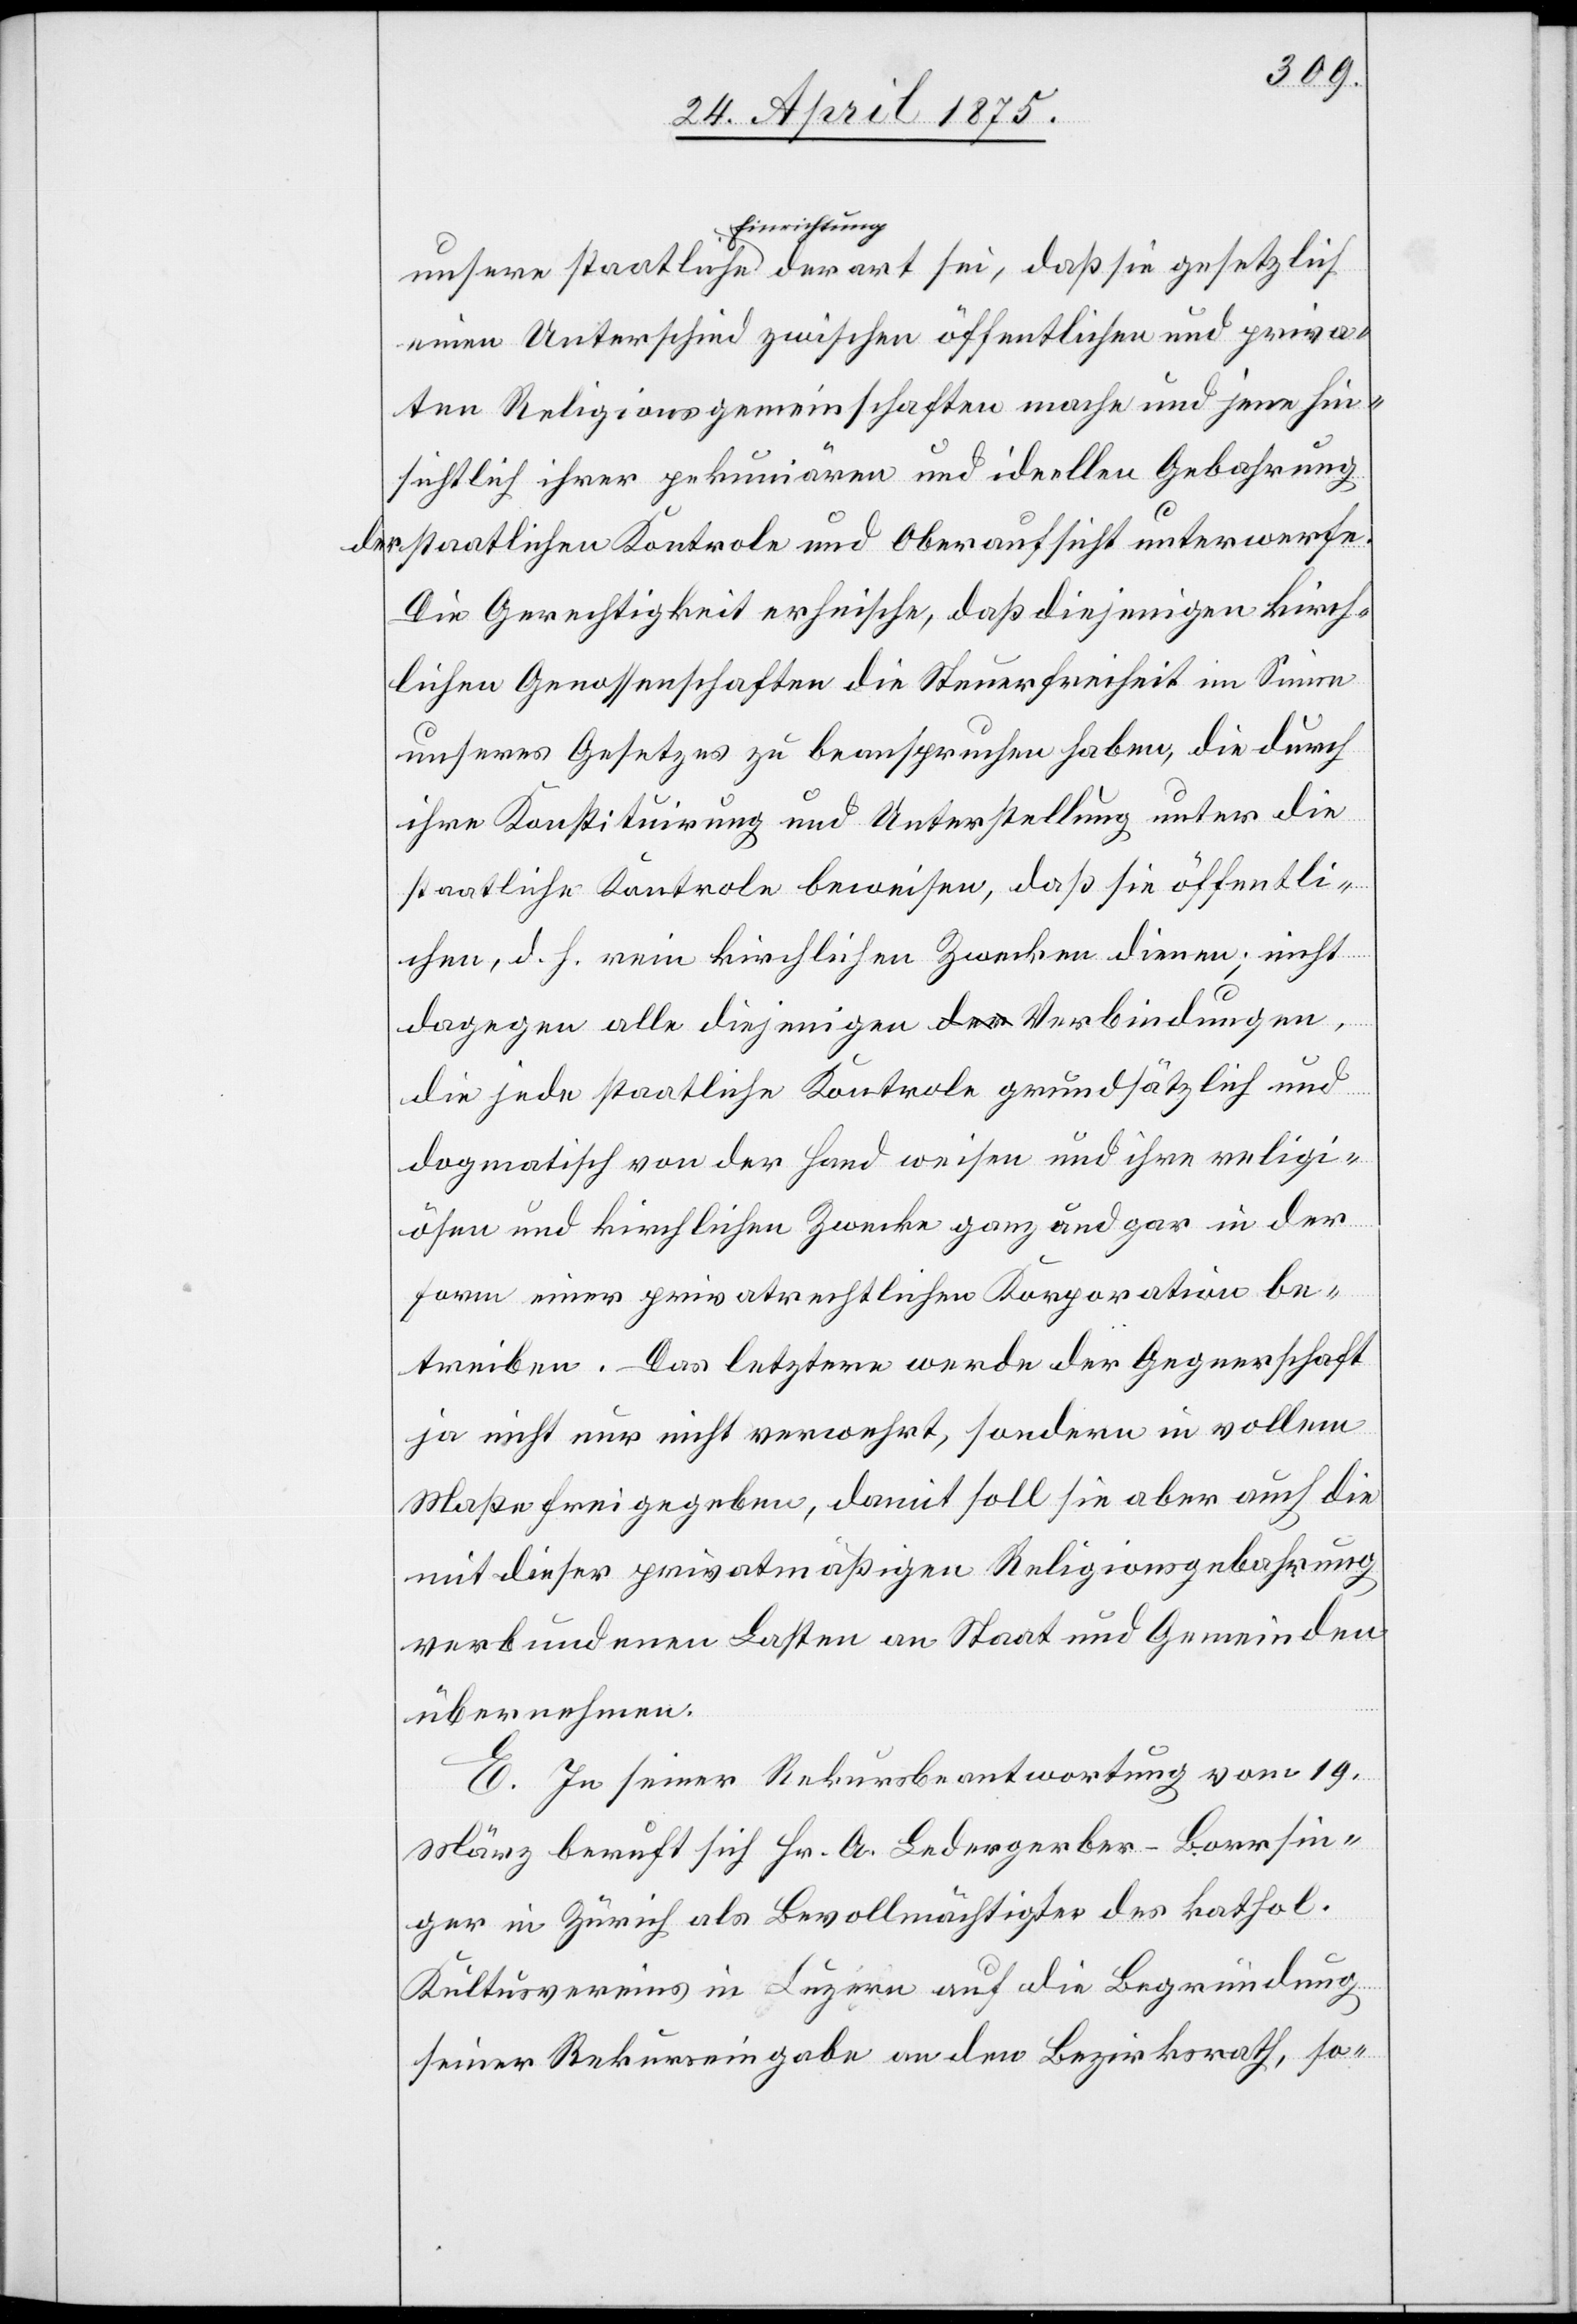
Einrichtung
einen Unterschied zwischen öffentlichen und priva¬
ten Religionsgemeinschaften mache und jene hin¬
sichtlich ihrer pekuniären und ideellen Gebahrung
sie
der staatlichen Kontrole und Oberaufsicht unterwerfe.
Die Gerechtigkeit erheische, daß diejenigen kirch¬
lichen Genossenschaften die Steuerfreiheit im Sinne
unseres Gesetzes zu beanspruchen haben, die durch
ihre Konstituirung und Unterstellung unter die
staatliche Kontrole beweisen, daß sie öffentli¬
che, d. h. rein kirchlichen Zwecken dienen; nicht
dagegen alle diejenigen Verbindungen,
die jede staatliche Kontrole grundsätzlich und
dogmatisch von der Hand weisen und ihre religi¬
ösen und kirchlichen Zwecke ganz und gar in der
Form einer privatrechtlichen Korporation be¬
treiben. Das letztere werde der Gegnerschaft
ja nicht nur nicht verwehrt, sondern in vollem
Maße frei gegeben, damit soll sie aber auch die
mit dieser privatmäßigen Religionsgebahrung
verbundenen Lasten an Staat und Gemeinden
übernehmen.
E. In seiner Rekursbeantwortung vom 19.
März beruft sich Hr. A. Ledergerber-Borrsin¬
ger in Zürich als Bevollmächtigter des kathol.
Kultusvereins in Luzern auf die Begründung
seiner Rekurseingabe an den Bezirksrath, so-